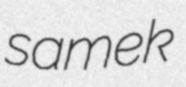
samek